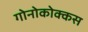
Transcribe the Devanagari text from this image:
गोनोकोक्कस